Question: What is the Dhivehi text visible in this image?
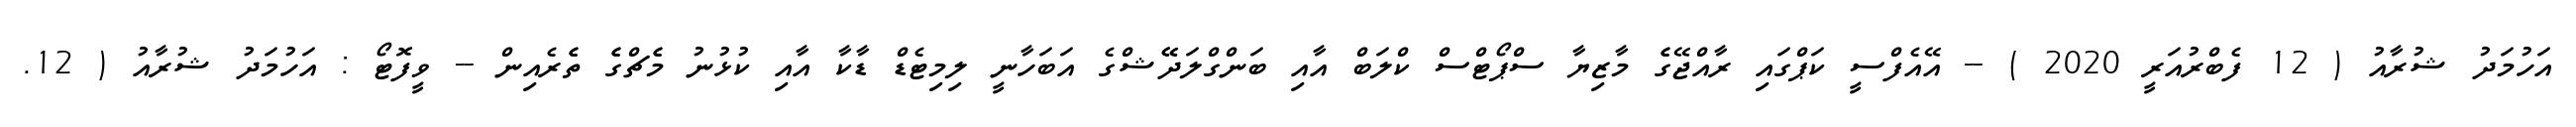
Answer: އަހުމަދު ޝުރާއު ( 12 ފެބްރުއަރީ 2020 ) -- އޭއެފްސީ ކަޕްގައި ރާއްޖޭގެެ މާޒިޔާ ސްޕޯޓްސް ކްލަބް އާއި ބަންގްލަދޭޭޝްގެ އަބަހާނީ ލިމިޓެޑް ޑާކާ އާއި ކުޅުނު މެެޗްގެެ ތެެރެއިން -- ވީފޮޓޯ : އަހުމަދު ޝުރާއު ( 12.